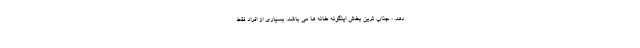
دهد. ، جذاب ترین بخش اینگونه خانه ها می باشد. بسیاری از افراد فقط